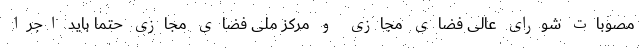
مصوبات شورای عالی فضای مجازی و مرکز ملی فضای مجازی حتما باید اجرا